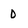
Character: 0